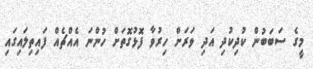
މީގެ ސަބަބުން ކުދިކުދި އަދި ވަރަށް ހިރުވާ ފޮޅުގޮތަށް ހުންނަ އެއްޗެއް ފައިތިލައިގައި